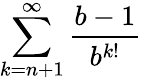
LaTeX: \sum_{k=n+1}^{\infty}{\frac{b-1}{b^{k!}}}